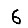
Digit: 6